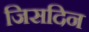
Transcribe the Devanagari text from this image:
जिसदिन